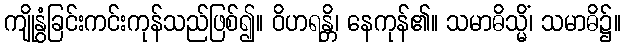
ကျိုနွံခြင်းကင်းကုန်သည်ဖြစ်၍။ ဝိဟရန္တိ၊ နေကုန်၏။ သမာဓိသ္မိံ၊ သမာဓိ၌။